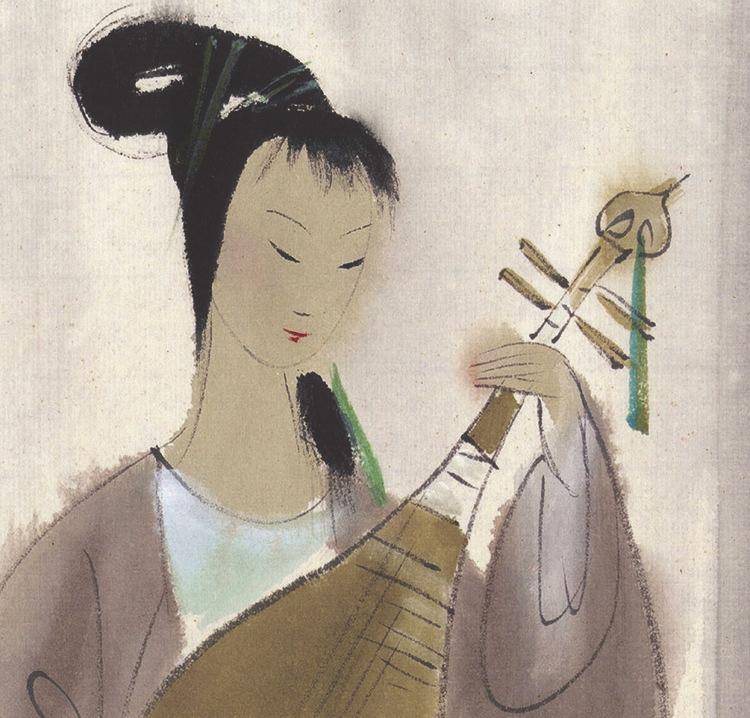
何时诏此金钱会，暂醉佳人锦瑟旁。